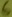
Text: 6